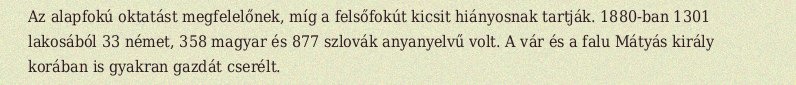
Az alapfokú oktatást megfelelőnek, míg a felsőfokút kicsit hiányosnak tartják. 1880-ban 1301 lakosából 33 német, 358 magyar és 877 szlovák anyanyelvű volt. A vár és a falu Mátyás király korában is gyakran gazdát cserélt.